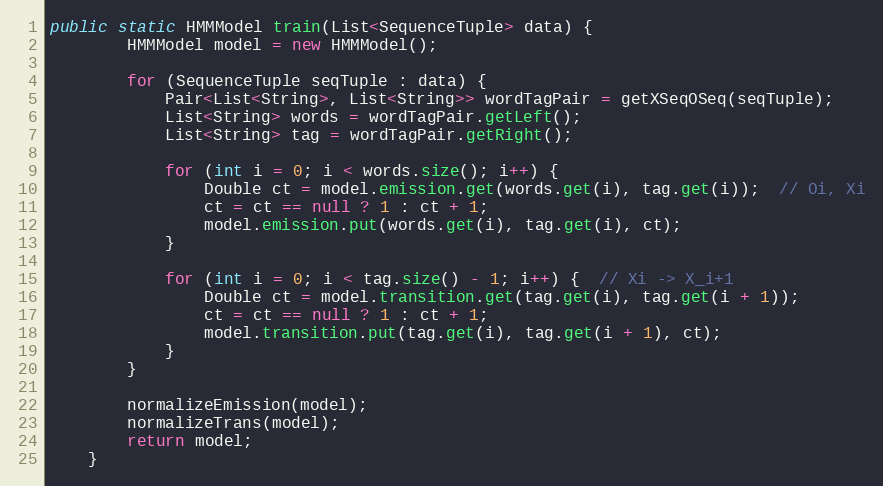
Language: Java
public static HMMModel train(List<SequenceTuple> data) {
        HMMModel model = new HMMModel();

        for (SequenceTuple seqTuple : data) {
            Pair<List<String>, List<String>> wordTagPair = getXSeqOSeq(seqTuple);
            List<String> words = wordTagPair.getLeft();
            List<String> tag = wordTagPair.getRight();

            for (int i = 0; i < words.size(); i++) {
                Double ct = model.emission.get(words.get(i), tag.get(i));  // Oi, Xi
                ct = ct == null ? 1 : ct + 1;
                model.emission.put(words.get(i), tag.get(i), ct);
            }

            for (int i = 0; i < tag.size() - 1; i++) {  // Xi -> X_i+1
                Double ct = model.transition.get(tag.get(i), tag.get(i + 1));
                ct = ct == null ? 1 : ct + 1;
                model.transition.put(tag.get(i), tag.get(i + 1), ct);
            }
        }

        normalizeEmission(model);
        normalizeTrans(model);
        return model;
    }